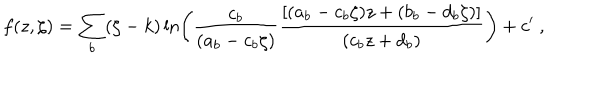
f ( z , \zeta ) = \sum _ { b } ( \zeta - k ) \ln \left( \frac { c _ { b } } { ( a _ { b } - c _ { b } \zeta ) } \frac { \left[ ( a _ { b } - c _ { b } \zeta ) z + ( b _ { b } - d _ { b } \zeta ) \right] } { ( c _ { b } z + d _ { b } ) } \right) + c ^ { \prime } \ ,